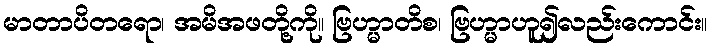
မာတာပိတရော၊ အမိအဖတို့ကို။ ဗြဟ္မာတိစ၊ ဗြဟ္မာဟူ၍လည်းကောင်း။